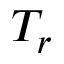
T _ { r }